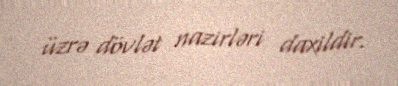
üzrə dövlət nazirləri daxildir.